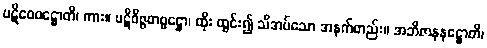
ပဋိဝေဓဋ္ဌောတိ၊ ကား။ ပဋိဝိဇ္ဇတဗ္ဗဋ္ဌော၊ ထိုး ထွင်း၍ သိအပ်သော အနက်တည်း။ အဘိဇာနနဋ္ဌောတိ၊